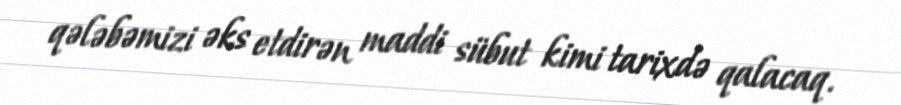
qələbəmizi əks etdirən maddi sübut kimi tarixdə qalacaq.